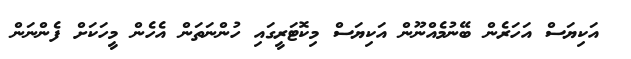
އަކިޔަސް އަހަރެން ބޭނުމެއްނޫން އަކިޔަސް މިކޮޓަރީގައި ހުންނަތަން އެހެން މީހަކަށް ފެންނަން